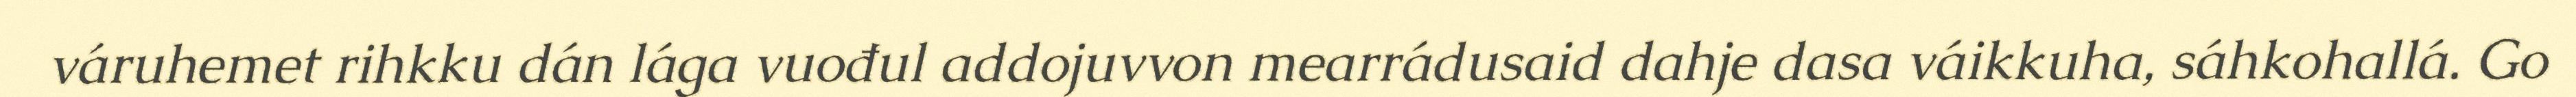
váruhemet rihkku dán lága vuođul addojuvvon mearrádusaid dahje dasa váikkuha, sáhkohallá. Go